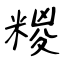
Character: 糉